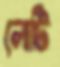
লোটি